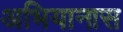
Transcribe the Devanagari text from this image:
अभियानास